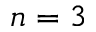
n = 3